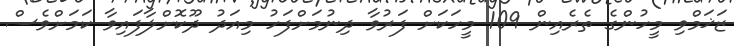
ޒަޚަމްވި މީހުންގެ ތެރެއިން 109 މީހަކަށް ފަރުވާ ދިނުމަށްފަހު މިއަދު ދޫކޮށްލާފައިވާ ކަމަށްވެސް